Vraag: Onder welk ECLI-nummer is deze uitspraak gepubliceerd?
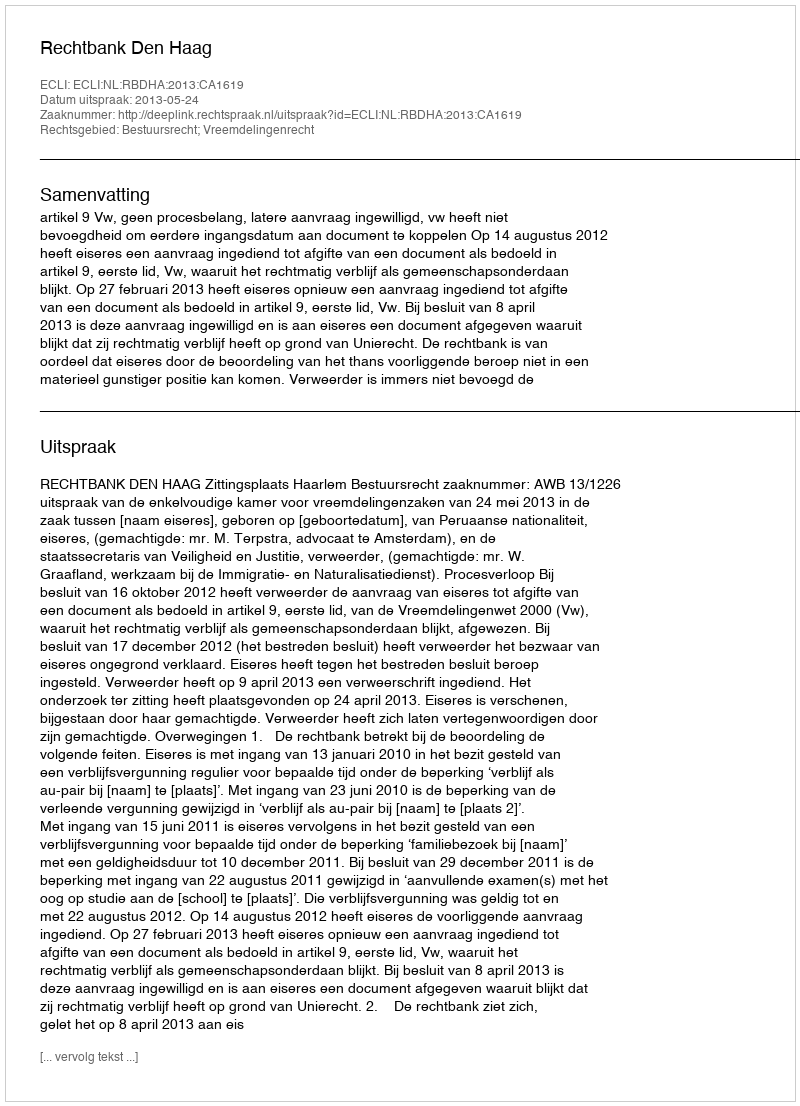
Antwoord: ECLI:NL:RBDHA:2013:CA1619